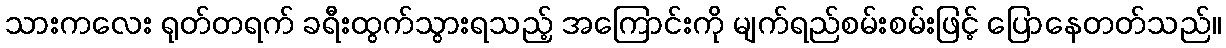
သားကလေး ရုတ်တရက် ခရီးထွက်သွားရသည့် အကြောင်းကို မျက်ရည်စမ်းစမ်းဖြင့် ပြောနေတတ်သည်။